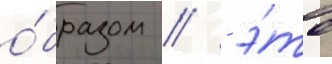
о́бразом // - э́то